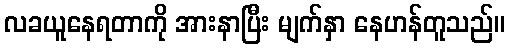
လခယူနေရတာကို အားနာပြီး မျက်နှာ နေဟန်တူသည်။